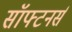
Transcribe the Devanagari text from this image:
सॉफ्टनर्स